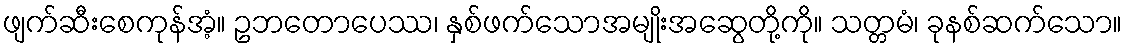
ဖျက်ဆီးစေကုန်အံ့။ ဥဘတောပေဿ၊ နှစ်ဖက်သောအမျိုးအဆွေတို့ကို။ သတ္တမံ၊ ခုနစ်ဆက်သော။